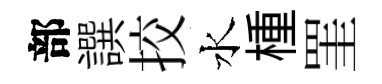
部譔挍水㮔罣